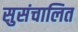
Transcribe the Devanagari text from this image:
सुसंचालित